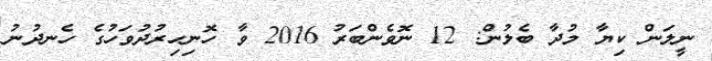
ނީލަން ކިޔާ މުދާ ބެލުން: 12 ނޮވެންބަރު 2016 ވާާ ހޮނިހިރުދުވަހުގެ ހެނދުނު